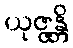
ယုဇ္ဇန္တိ